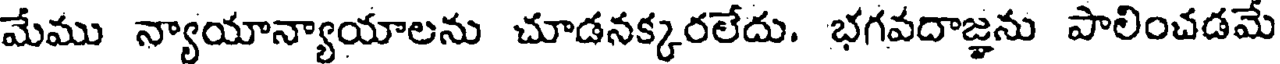
మేము న్యాయాన్యాయాలను చూడనక్కరలేదు. భగవదాజ్ఞను పాలించడమే